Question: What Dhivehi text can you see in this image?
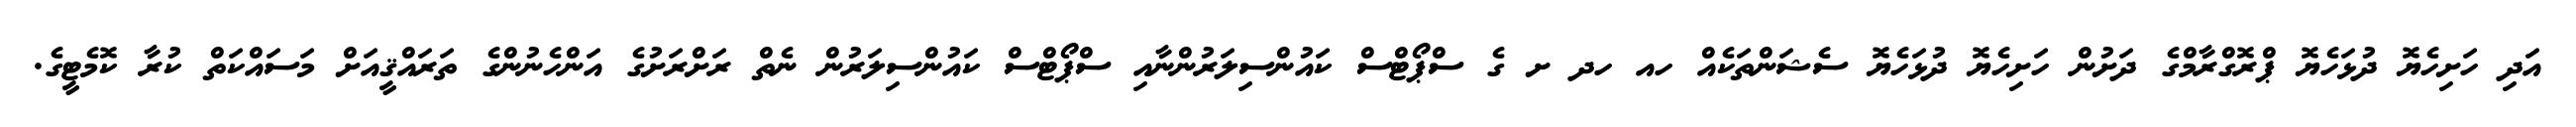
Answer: އަދި ހަށިހެޔޮ ދުޅަހެޔޮ ޕްރޮގްރާމްގެ ދަށުން ހަށިހެޔޮ ދުޅަހެޔޮ ސެޝަންތަކެއް ހއ ހދ ށ ގެ ސްޕޯޓްސް ކައުންސިލަރުންނާއި ސްޕޯޓްސް ކައުންސިލަރުން ނެތް ރަށްރަށުގެ އަންހެނުންގެ ތަރައްޤީއަށް މަސައްކަތް ކުރާ ކޮމެޓީގެ.